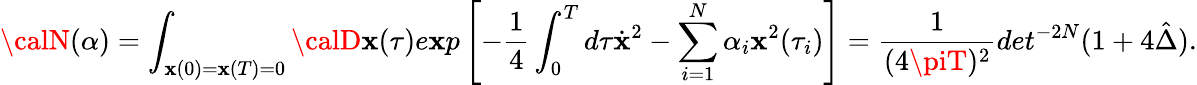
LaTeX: {\calN}(\alpha)=\int_{\mathbf{x}(0)=\mathbf{x}(T)=0}{\calD}\mathbf{x}(\tau)e\mathbf{x}p\left[-{\frac{{1}}{{4}}}\int_{0}^{T}d\tau\dot{{\mathbf{x}}}^{2}-\sum_{i=1}^{N}\alpha_{i}\mathbf{x}^{2}(\tau_{i})\right]={\frac{{1}}{{(4\piT)^{2}}}}det^{-2N}(1+4\hat{{\Delta}}).